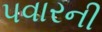
પવારની